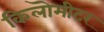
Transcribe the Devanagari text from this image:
किलॊमीटर